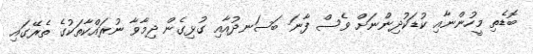
ބޮޑެތި މީހުންނާއި ކުޑަކުދިންނަށް ވެސް ފާނަ ބަސަނދުއާއި ގުޅިގެން ދިމާވާ ނުރައްކާތަކުގެ ތެރޭގައި